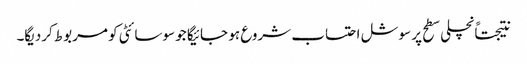
نتیجتاًنچلی سطح پر سوشل احتساب شروع ہو جائیگا جو سوسائٹی کو مربوط کردیگا۔